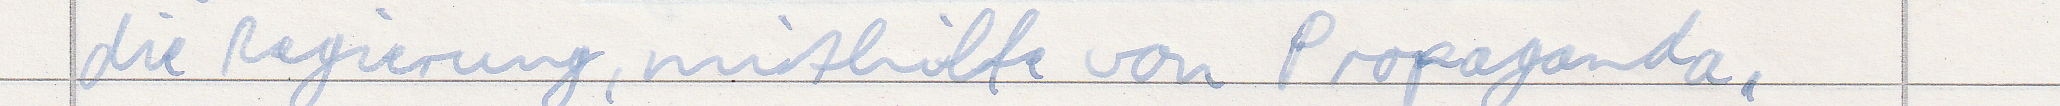
die Regierung, mithilfe von Propaganda,